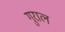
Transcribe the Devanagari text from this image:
गुराल